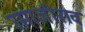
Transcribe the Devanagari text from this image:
उमाजीराव